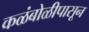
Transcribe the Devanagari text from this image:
कळंबोळीपासून